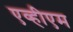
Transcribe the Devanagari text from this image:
एव्हीएम